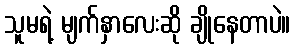
သူမရဲ့ မျက်နှာလေးဆို ချိုနေတာပဲ။